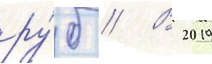
ру́б // В 2019